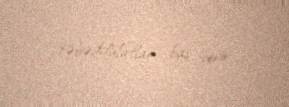
təbəddülatlar baş verir.